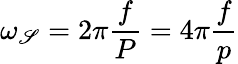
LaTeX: \omega_{\mathscr{S}}=2\pi{\frac{{f}}{{P}}}=4\pi{\frac{{f}}{{p}}}